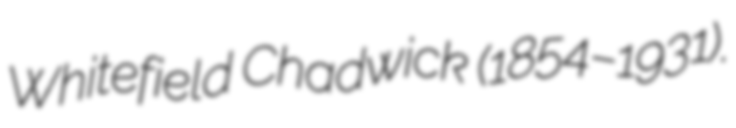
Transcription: Whitefield Chadwick (1854–1931).